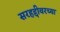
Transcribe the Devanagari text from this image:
सरहद्दीवरच्या